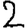
Digit: 2